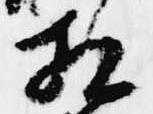
相